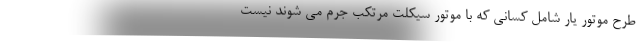
طرح موتور یار شامل کسانی که با موتور سیکلت مرتکب جرم می شوند نیست